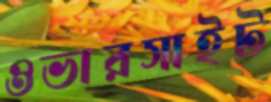
ওভারসাইট